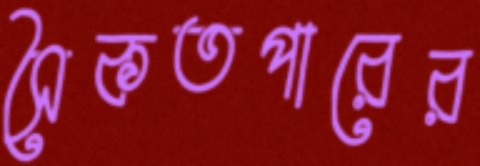
সৈকতপারের